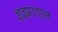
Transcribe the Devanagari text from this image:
इझ्राएल